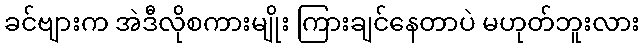
ခင်ဗျားက အဲဒီလိုစကားမျိုး ကြားချင်နေတာပဲ မဟုတ်ဘူးလား